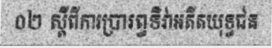
០២ ស្តីពីការប្រារព្ធទិវាអតីតយុទ្ធជន